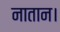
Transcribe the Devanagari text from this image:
नातान।